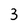
Character: 3